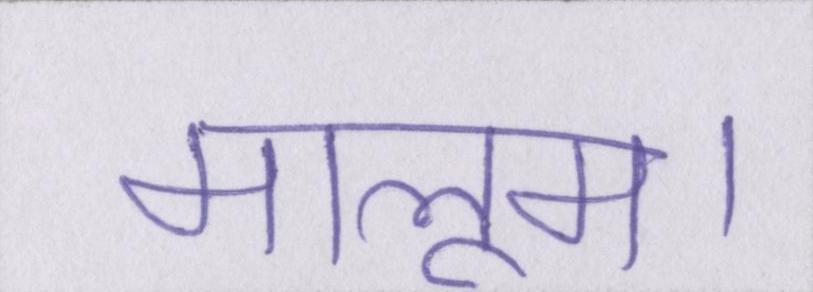
मालूम।